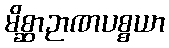
မိစ္ဆာဉာဏပစ္စယာ